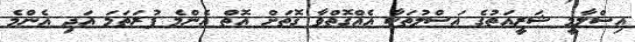
އިސްލާމީ ޝަރީއަތުގެ އަސްލުތަކާ އެއްގޮތްވާ ގޮތަށް އޮތް އެންމެ ފުރަތަމަ އަދި އެންމެ